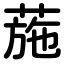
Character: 葹